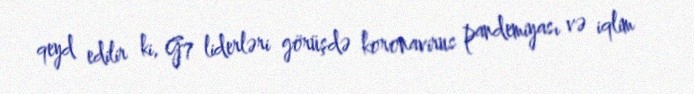
qeyd edilir ki, G7 liderləri görüşdə koronavirus pandemiyası və iqlim